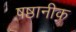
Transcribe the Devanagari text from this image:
षष्ठानीक